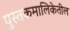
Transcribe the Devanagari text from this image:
पुस्तकमालिकेतील